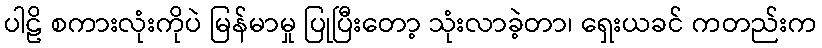
ပါဠိ စကားလုံးကိုပဲ မြန်မာမှု ပြုပြီးတော့ သုံးလာခဲ့တာ၊ ရှေးယခင် ကတည်းက